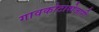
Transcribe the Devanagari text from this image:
गावकोटाशेजारी